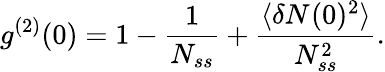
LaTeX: g^{(2)}(0)=1-\frac{1}{N_{ss}}+\frac{\langle\delta N_{}(0)^{2}\rangle}{N_{ss}^{2}}.